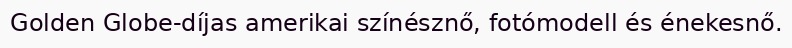
Golden Globe-díjas amerikai színésznő, fotómodell és énekesnő.